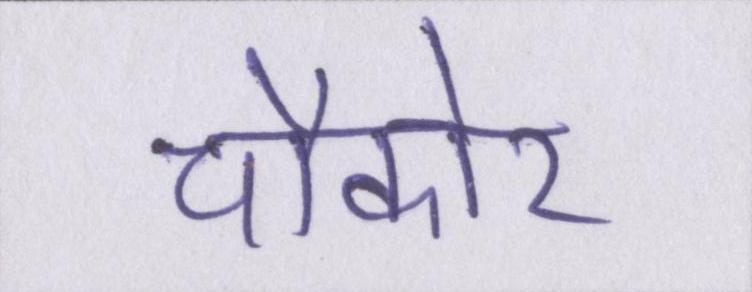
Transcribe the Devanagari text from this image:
चौकोर